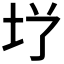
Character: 𮰜